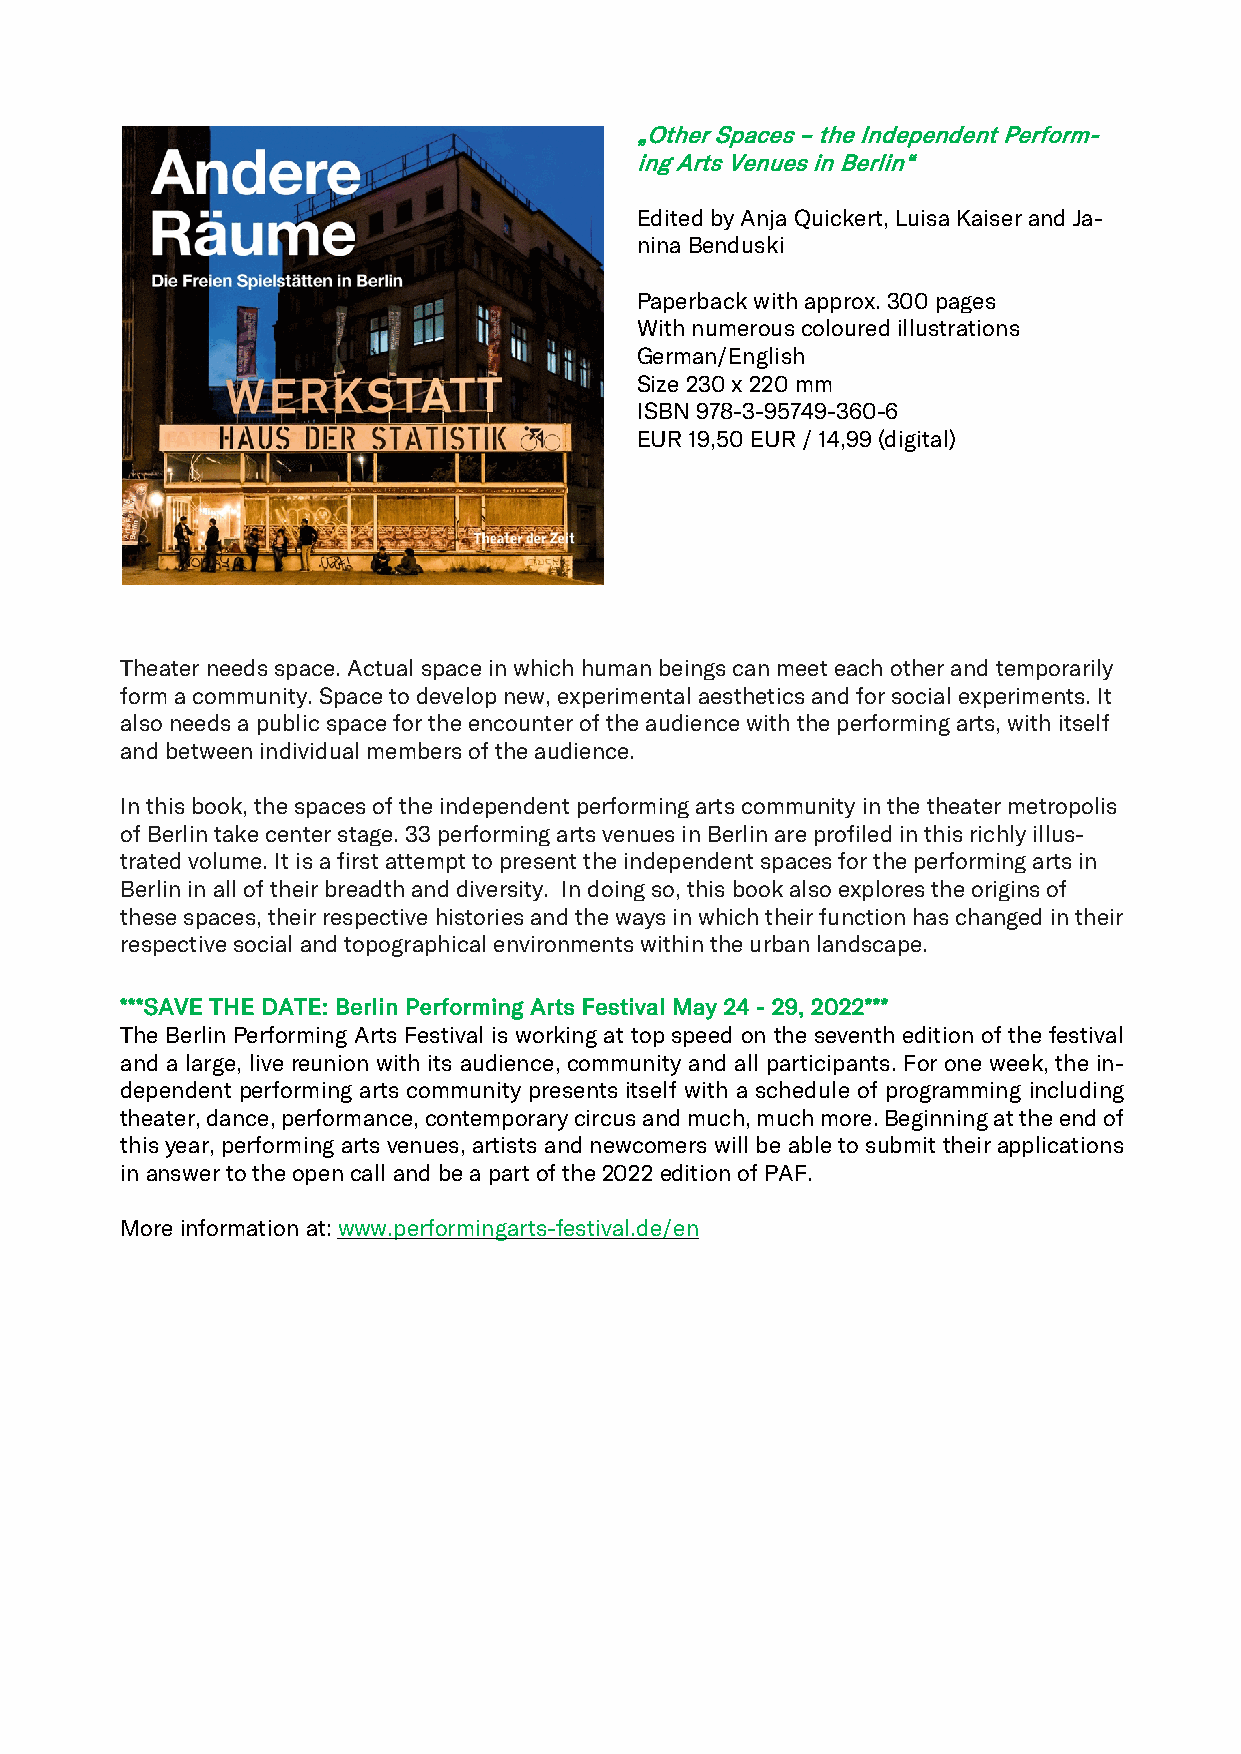
„Other Spaces – the Independent Perform-
 ing Arts Venues in Berlin“
 Edited by Anja Quickert, Luisa Kaiser and Ja-
 nina Benduski
 Paperback with approx. 300 pages
 With numerous coloured illustrations
 German/English
 Size 230 x 220 mm
 ISBN 978-3-95749-360-6
 EUR 19,50 EUR / 14,99 (digital)
 Theater needs space. Actual space in which human beings can meet each other and temporarily
 form a community. Space to develop new, experimental aesthetics and for social experiments. It
 also needs a public space for the encounter of the audience with the performing arts, with itself
 and between individual members of the audience.
 In this book, the spaces of the independent performing arts community in the theater metropolis
 of Berlin take center stage. 33 performing arts venues in Berlin are profiled in this richly illus-
 trated volume. It is a first attempt to present the independent spaces for the performing arts in
 Berlin in all of their breadth and diversity. In doing so, this book also explores the origins of
 these spaces, their respective histories and the ways in which their function has changed in their
 respective social and topographical environments within the urban landscape.
 ***SAVE THE DATE: Berlin Performing Arts Festival May 24 - 29, 2022***
 The Berlin Performing Arts Festival is working at top speed on the seventh edition of the festival
 and a large, live reunion with its audience, community and all participants. For one week, the in-
 dependent performing arts community presents itself with a schedule of programming including
 theater, dance, performance, contemporary circus and much, much more. Beginning at the end of
 this year, performing arts venues, artists and newcomers will be able to submit their applications
 in answer to the open call and be a part of the 2022 edition of PAF.
 More information at: www.performingarts-festival.de/en